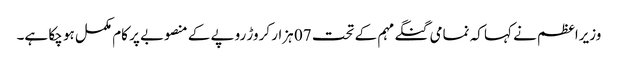
وزیراعظم نے کہا کہ نمامی گنگے مہم کے تحت 07 ہزار کروڑ روپے کے منصوبے پر کام مکمل ہو چکا ہے۔